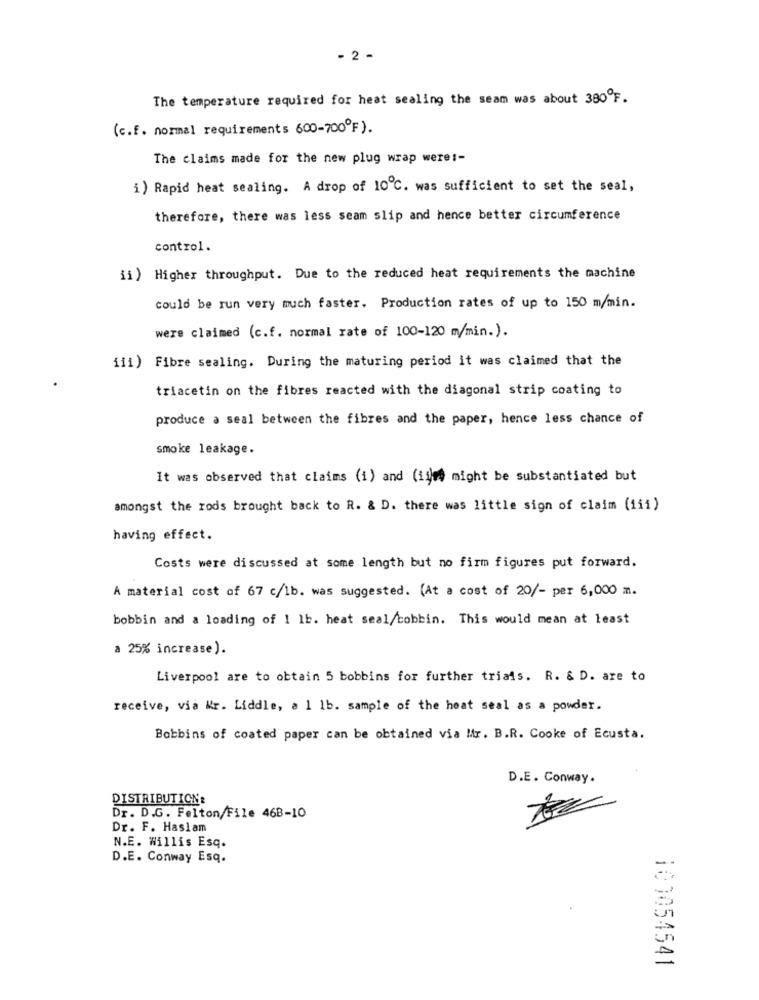
2 -
The temperature required for heat sealing the seam was about 380ºF.
(c.f. normal requirements 600-700ºF).
The claims made for the new plug wrap were :-
i) Rapid heat sealing. A drop of 10℃. was sufficient to set the seal,
therefore, there was less seam slip and hence better circumference
control.
ii ) Higher throughput. Due to the reduced heat requirements the machine
could be run very much faster. Production rates of up to 150 m/min.
were claimed (c.f. normal rate of 100-120 m/min.).
iii) Fibre sealing. During the maturing period it was claimed that the
triacetin on the fibres reacted with the diagonal strip coating to
produce a seal between the fibres and the paper, hence less chance of
smoke leakage.
It was observed that claims (i) and (il)me might be substantiated but
amongst the rods brought back to R. & D. there was little sign of claim (1ii)
having effect.
Costs were discussed at some length but no firm figures put forward.
A material cost of 67 c/lb. was suggested. (At a cost of 20/- per 6,000 m.
bobbin and a loading of 1 1b. heat seal/bobbin. This would mean at least
a 25% increase).
Liverpool are to obtain 5 bobbins for further trials. R. & D. are to
receive, via Mr. Liddle, a 1 1b. sample of the heat seal as a powder.
Bobbins of coated paper can be obtained via Mr. B.R. Cooke of Ecusta.
D.E. Conway.
DISTRIBUTION:
Dr. D.G. Felton/File 468-10
Dr. F. Haslam
N.E. Willis Esq.
D.E. Conway Esq.
100054541